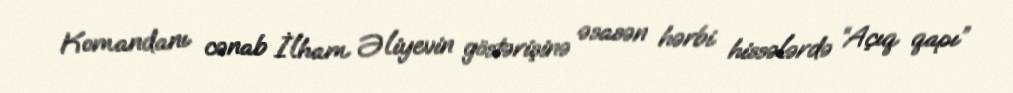
Komandanı cənab İlham Əliyevin göstərişinə əsasən hərbi hissələrdə “Açıq qapı”